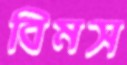
বিমস